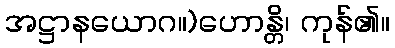
အဋ္ဌာနယောဂ။)ဟောန္တိ၊ ကုန်၏။